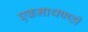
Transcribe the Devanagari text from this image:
एकनाथषष्ठी